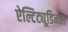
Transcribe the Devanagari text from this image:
ऐल्टिट्यूडिनल